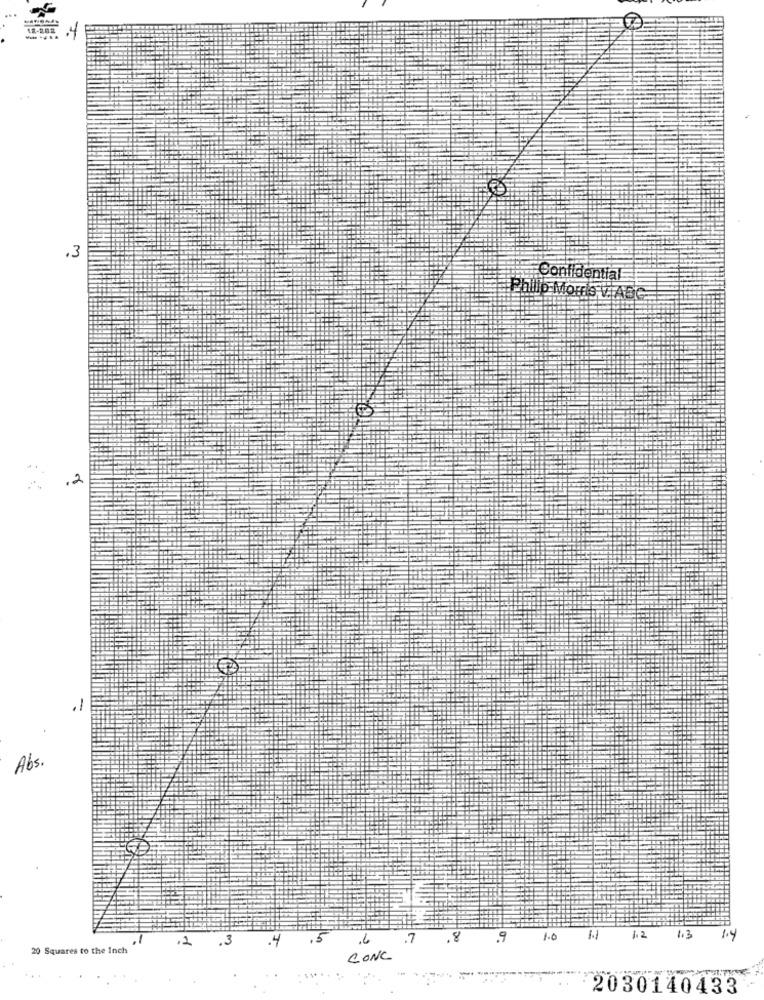
12-282
......
.4
.3
Confidential
Phillip Morris V ABC
2
.1
Abs.
.6
7
,8
13
1.4
20 Squares to the Inch
CONC
2030140433